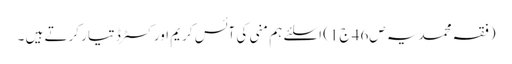
(فقہ محمدیہ ص46 ج1) اسلئے ہم منی کی آئس کریم اور کسٹرڈ تیار کرتے ہیں ۔